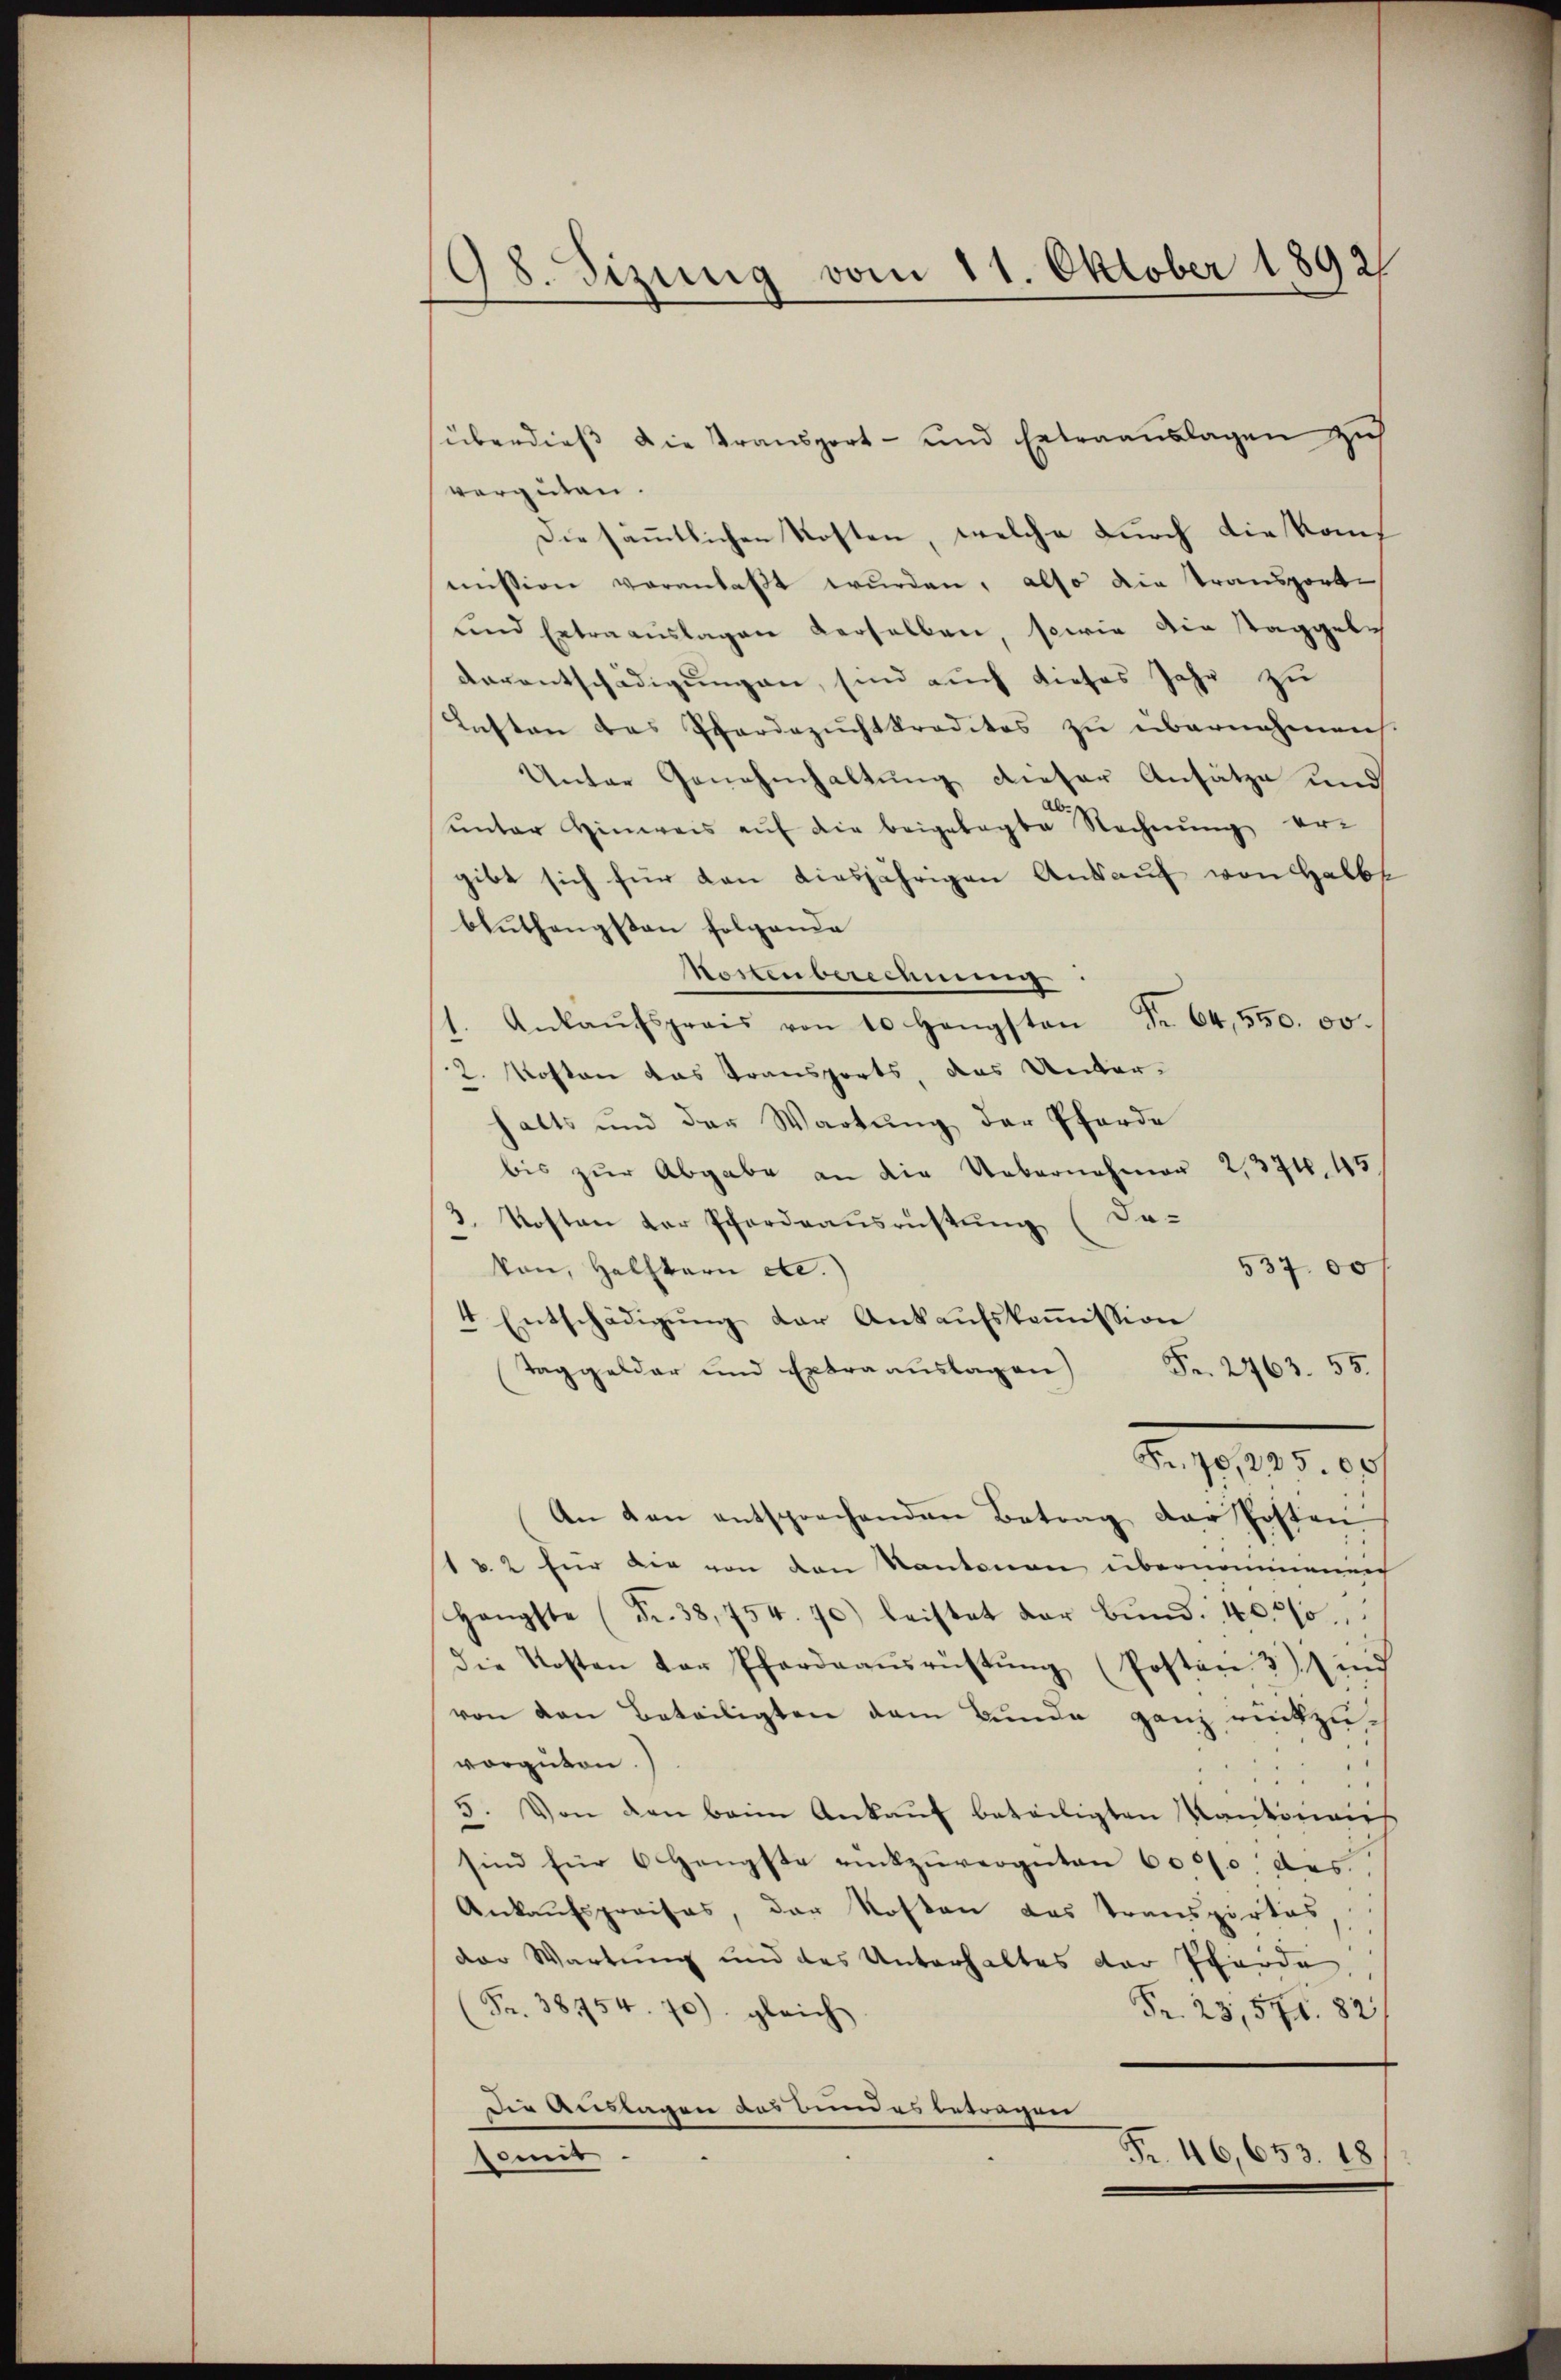
98. Sizung vom 11. Oktober 1892

vergüten.
Die sämtlichen Kosten, welche durch die Kommission veranlaßt wurden, also die Transport-
und Ertraaŭslagen derselben, sowie die Staggebe
varentschädigungen, sind auch dieses Jahr zu
Lasten des Pferdezuchtkredites zu übernahmen.
Unter Genehmhaltung dieser Ansätze und
ŭnter Hinweis aŭf die beigelegte Rechnŭng ergibt sich für den diesjährigen Ankauf von Halbt
bluthengsten folgende
Nostenberechnung
1. Ankaŭfspreis von 10 Hengsten Fr. 64,550. 00.
2. Kosten das Transports, das Unterhalts und der Wartung der Pferde
bis zŭr Abgabe an die Uebernehmer 2, 374. 45.
3. Kosten der Pfordeausrüstung (da¬
53700
von, Helftern etc.)
4 Entschädigŭng der Ankaŭfskoṁission
Fr. 2763. 55.
Taggelder und Extraauslagen
Fr. 70, 225.00
An den entsprechenden Betrag der Posten
1 u 2 für die von den Kantonen übernommenen
Hängste (Fr. 38,754. 70) leistet der Bŭnd 40. 210.
die Kosten der Pfardaaŭsrüstŭng (Posten 3) in
von den Beteiligten dem Bunde ganz rückzuvorgüten.)
5. Von den beim Ankaŭf beteiligten Kantonais
sind für 6 Hengste rückzuvergüten 6000. des
Ankaufspreises, der Kosten das Transportes,
der Wartung und des Unterhaltes der Pferde,
Fr. 38754. 70) gleich
Pr. 23,576. 82
Die Auslagen das Bundes betragen
Fr. 46,653. 18
somit

süberdieß die Transport- und Extraanslagen zu